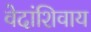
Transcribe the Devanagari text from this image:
वेदांशिवाय